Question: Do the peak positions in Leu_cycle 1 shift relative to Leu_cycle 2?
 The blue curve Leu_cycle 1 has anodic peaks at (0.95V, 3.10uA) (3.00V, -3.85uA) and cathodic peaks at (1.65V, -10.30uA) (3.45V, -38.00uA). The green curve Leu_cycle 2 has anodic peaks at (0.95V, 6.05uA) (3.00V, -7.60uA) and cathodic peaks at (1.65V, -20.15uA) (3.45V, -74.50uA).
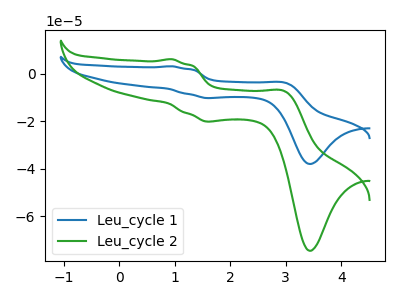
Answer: <think>All the peaks in "Leu_cycle 1" have a peak in "Leu_cycle 2" at the same potential.
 </think>
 <answer>No, "Leu_cycle 1" and "Leu_cycle 2" don't appear to be significantly different in shape</answer>
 <eval>no_change</eval>